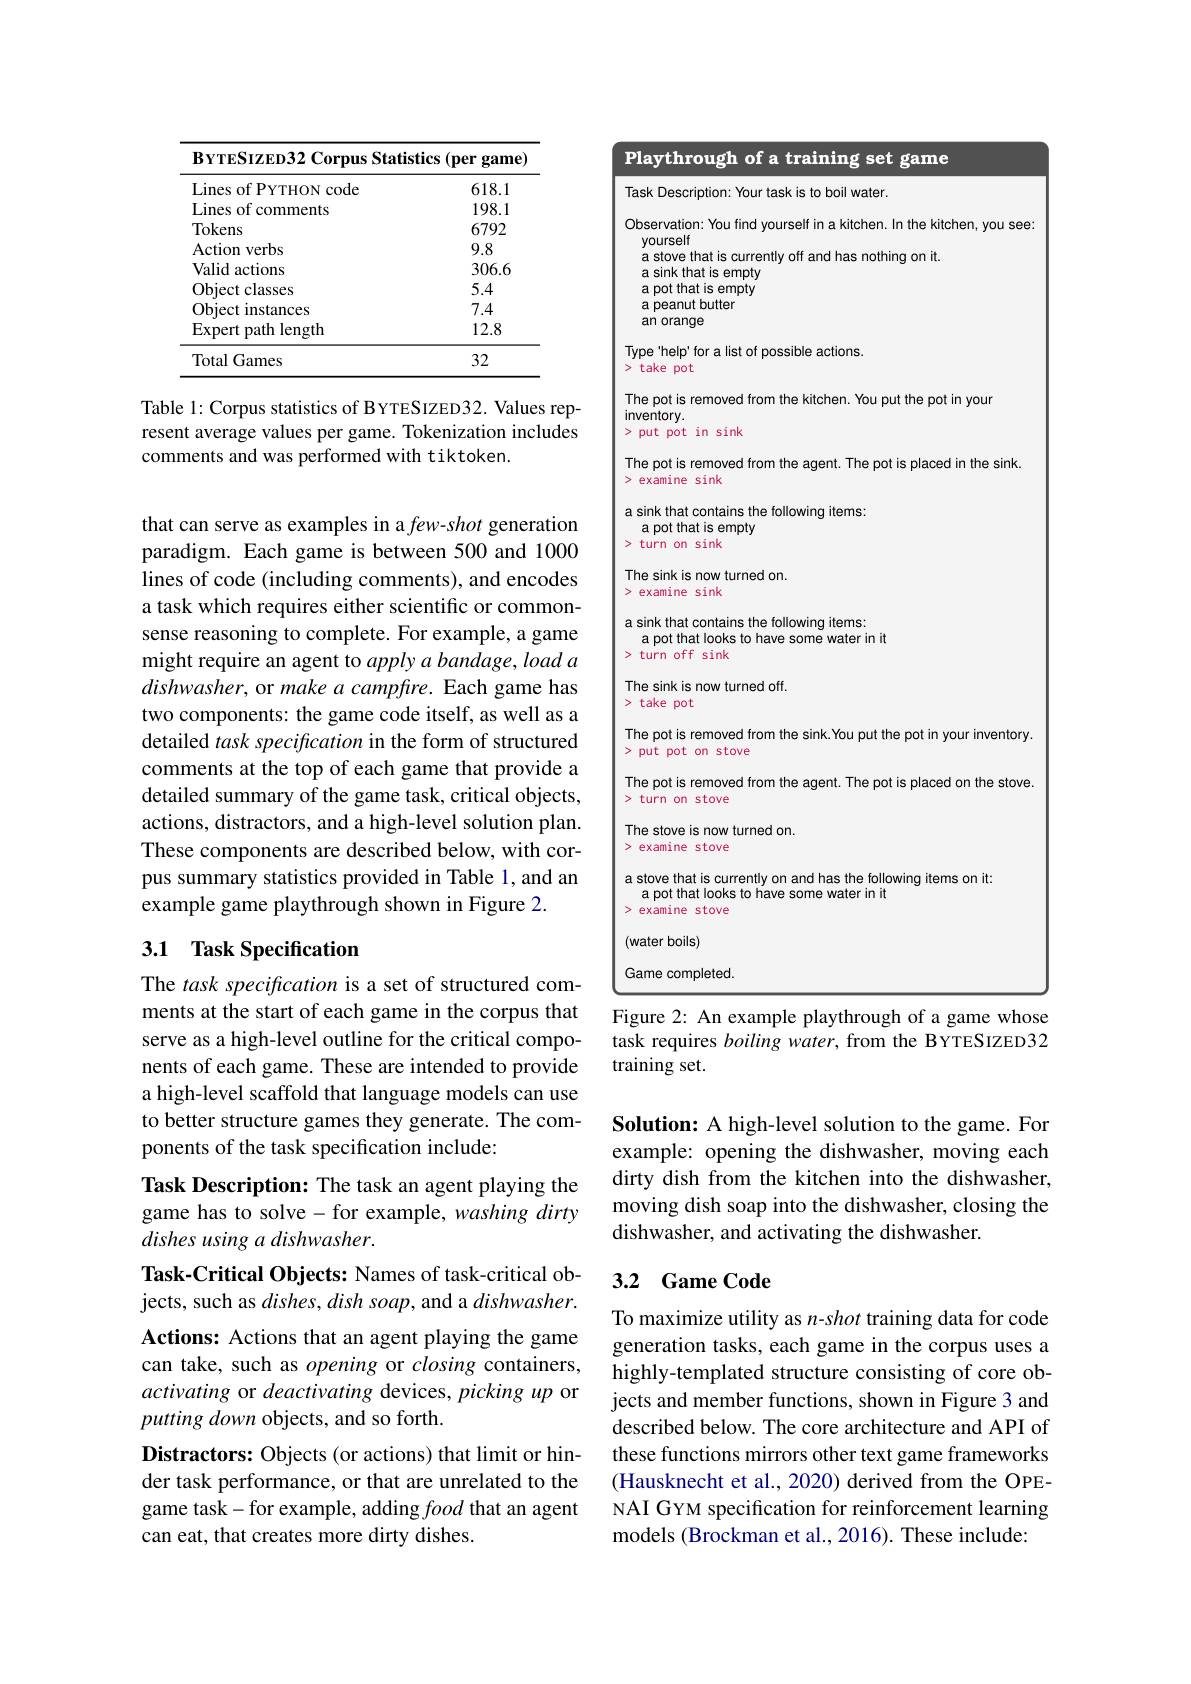
<table>
	<tbody>
		<tr>
			<th colspan="2">$\mathbf{B}$YTESIZED32 Corpus $s$ Statistics (per game)</th>
			<th rowspan="2">Playthrough of a training set game Task Description: Your task is to boil water</th>
		</tr>
		<tr>
			<th>Lines of PYTHON code</th>
			<th>618.1</th>
		</tr>
		<tr>
			<td>Lines of comments</td>
			<td>198.1</td>
			<td> </td>
		</tr>
		<tr>
			<td>Tokens</td>
			<td>6792</td>
			<td>Jbservation: find vourself in ak kitchen.l In the H kitchen, you see</td>
		</tr>
		<tr>
			<td>Action verbs</td>
			<td>9.8</td>
			<td>TOUISEI in</td>
		</tr>
		<tr>
			<td colspan="2">Valid actions 306.6</td>
			<td>a sink that is empty</td>
		</tr>
		<tr>
			<td>Object classes</td>
			<td>5.4</td>
			<td>a pot that is empty</td>
		</tr>
		<tr>
			<td>Object instances</td>
			<td>7.4</td>
			<td>a peanut butter</td>
		</tr>
		<tr>
			<td>Expert path length</td>
			<td>12.8</td>
			<td>an orange</td>
		</tr>
		<tr>
			<td>Total Games</td>
			<td>32</td>
			<td>Type'help'for a list of possible actions. > take pot</td>
		</tr>
		<tr>
			<td>ble 1: Corpus statistics of BYTES sent average values per game. To</td>
			<td>sSIZED32. Values rep- Tokenization includes</td>
			<td>The pot is removed from the kitchen. You put the pot in youn inventory. >put pot in sink</td>
		</tr>
		<tr>
			<td colspan="2">ble 1: Corpus statistics of BYTESIZED32. Values rep- sent average values per game. Tokenization includes mments and was performed with tiktoken.</td>
			<td>The pot is removed from the agent. The pot is placed in the sink. sexamine sink</td>
		</tr>
		<tr>
			<td> </td>
			<td> </td>
			<td>examine sink</td>
		</tr>
		<tr>
			<td colspan="4">at can serve as examples in a few-shot generation radigm. Each game is between 500 and 1000 nes of code (including comments), and encodes</td>
			<td>> turn on sink</td>
		</tr>
		<tr>
			<td>The sink is now turned on. examine sink</td>
		</tr>
		<tr>
			<td>${\mathrm{vuc}}\left({\mathrm{me}}\right)$ $\mathbf{IL}.$ 1</td>
			<td>$c$ilts),dinu VILUUL 1 $\mathrm{tif}_{\mathrm{c}}$</td>
			<td>> examine sink</td>
		</tr>
		<tr>
			<td>nse reasoning to complete. Fo ight require an agent to applv</td>
			<td>For example, a game $\nu$ $a$ $bandage.$ load $a$</td>
			<td>a sink that contains the following items: a pot that looks to have some water in it >turn off sink</td>
		</tr>
		<tr>
			<td>nse reasoning to complete. For ight require an agent to apply</td>
			<td>$or$ example, a L game $bandage,loada$ $a$</td>
			<td>a pot that looks to have some water in it >turn off sink</td>
		</tr>
		<tr>
			<td>$shwasher$, or make a campfir $o$ components: the game code</td>
			<td>Each $ure.$ . game has de itself, as well as a</td>
			<td>The sink is now turned off. > take pot</td>
		</tr>
		<tr>
			<td>${\mathrm{stailed~task~specification~in~the}}$</td>
			<td>e form of structured $th_{\mathrm{nt}}$ $\dot{1}_{\mathrm{id}\boldsymbol{\rho}}$</td>
			<td>The pot is removed from the sink.You put the pot in your inventory >put pot on stove</td>
		</tr>
		<tr>
			<td>T stailed summary of the game ta</td>
			<td>$\mathbf{T}$ $P$ task, critical objects,</td>
			<td>The pot is removed from the agent. The pot is placed on the stove >turn on stove</td>
		</tr>
		<tr>
			<td>trons, distractors, and a high- nese components are describe</td>
			<td>-level solution plan. oed below, with cor- </td>
			<td>The stove is now turned on. >examine stove</td>
		</tr>
		<tr>
			<td colspan="4">ese components are described below, with cor- s summary statistics provided in Table 1, and an ample game playthrough shown in Figure 2.</td>
			<td>>examine stove</td>
		</tr>
		<tr>
			<td>a stove that is currently on and has the following items on it. a pot that looks to have some water in it >examine stove</td>
		</tr>
		<tr>
			<td colspan="2">$\mathbf{TaskSpecification}$</td>
			<td>(water boils)</td>
		</tr>
		<tr>
			<td colspan="2">ne $task\textit{specification is a set of structured com- }$</td>
			<td>Game completed.</td>
		</tr>
	</tbody>
</table>

ments at the start of each game in the corpus that
Figure 2: An example playthrough of a game whose

task requires boiling water, from the BYTESIZED32
training set.

serve as a high-level outline for the critical components of each game. These are intended to provide a high-level scaffold that language models can use to better structure games they generate. The components of the task specification include:

Solution: A high-level solution to the game. For example: opening the dishwasher, moving each dirty dish from the kitchen into the dishwasher, moving dish soap into the dishwasher, closing the dishwasher, and activating the dishwasher.

## 3.2 Game Code

Task Description: The task an agent playing the game has to solve- for example, washing dirty dishes using a dishwasher.
Task-Critical Objects: Names of task-critical objects, such as dishes, dish soap, and a $dishwasher.$ Actions: Actions that an agent playing the game can take, such as opening or closing containers, activating or deactivating devices, picking up or putting down objects, and so forth.
Distractors: Objects (or actions) that limit or hinder task performance, or that are unrelated to the game task-for example, adding food that an agent can eat, that creates more dirty dishes.

To maximize utility as $n$-shot training data for code generation tasks, each game in the corpus uses a highly-templated structure consisting of core objects and member functions, shown in Figure 3 and described below. The core architecture and API of these functions mirrors other text game frameworks (Hausknecht et al., 2020) derived from the OPENAI GYM specification for reinforcement learning models (Brockman et al., 2016). These include: